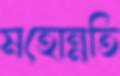
মহোন্নতি